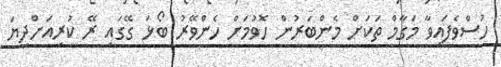
ހުސްވެފައިވާ މަގާމް ތަކަށް މެންބަރުން ހޮވުމަށް ހެންވޭރު ބޯޅަ ގޭގައި ރޭ ކުރިއަށްދިޔަ